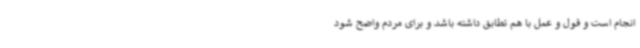
انجام است و قول و عمل با هم تطابق داشته باشد و برای مردم واضح شود